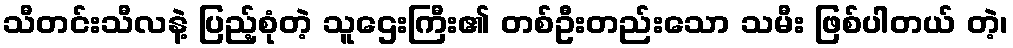
သီတင်းသီလနဲ့ ပြည့်စုံတဲ့ သူဌေးကြီး၏ တစ်ဦးတည်းသော သမီး ဖြစ်ပါတယ် တဲ့၊